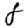
Digit: 8